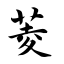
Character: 菱